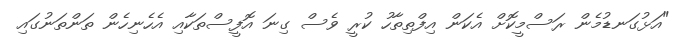
"އަޅުގަނޑުމެން ރަސްމީކޮށް އެކަން އިފްތިތާހު ކުރީ ވެސް ގިނަ އޮފީސްތަކާއި އެހެނިހެން ތަންތަނުގައި